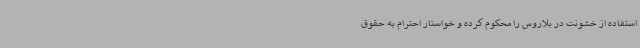
استفاده از خشونت در بلاروس را محکوم کرده و خواستار احترام به حقوق